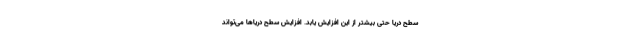
سطح دریا حتی بیشتر از این افزایش یابد. افزایش سطح دریاها می‌تواند